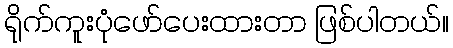
ရိုက်ကူးပုံဖော်ပေးထားတာ ဖြစ်ပါတယ်။